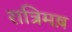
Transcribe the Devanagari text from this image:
रात्रिमष़